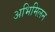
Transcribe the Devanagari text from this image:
अभिमिलन